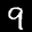
Label: 9